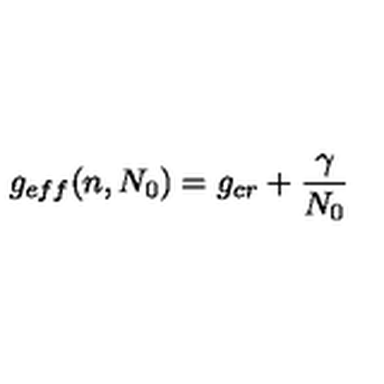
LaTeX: g _ { e f f } ( n , N _ { 0 } ) = g _ { c r } + { \frac { \gamma } { N _ { 0 } } }